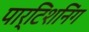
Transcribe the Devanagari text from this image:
पार्टिशनिंग